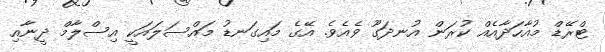
ޓްރޭޑް މުއާހަދާއެއް ކުރަން އުނދަގޫ ވެއެވެ. އޭގެ މައިގަނޑު މައްސަލައަކީ އިސްލާމް ދީނާއި